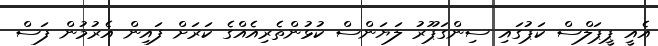
އެއީ ޕީޕަލްސް ކަޕުގައި ސިންގަޕޫރު ލަޔަންސް ކުޅުންތެރިއެއްގެ ކަރަށް ފައިން އެރުމުން ފަސް